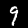
Digit: 9